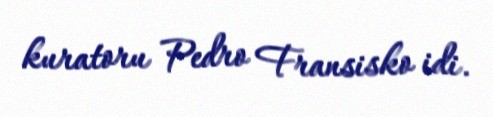
kuratoru Pedro Fransisko idi.